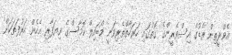
އެވްރީތިން ރެޑުގެ އިސްވެރީންގެ ގޮތުގައި ހަރަކާތްތެރިވަނީ މޯބައިލް ކޮމާސްގެ ވިޔަފާރި އެހެން ހަރުފަތަކަށް